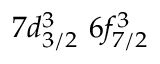
7 d _ { 3 / 2 } ^ { 3 } \, \, 6 f _ { 7 / 2 } ^ { 3 }